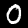
Digit: 0